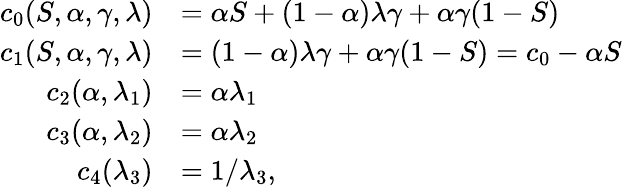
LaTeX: \begin{array}{rl}{c_{0}(S,\alpha,\gamma,\lambda)}&{=\alpha S+(1-\alpha)\lambda\gamma+\alpha\gamma(1-S)}\\ {c_{1}(S,\alpha,\gamma,\lambda)}&{=(1-\alpha)\lambda\gamma+\alpha\gamma(1-S)=c_{0}-\alpha S}\\ {c_{2}(\alpha,\lambda_{1})}&{=\alpha\lambda_{1}}\\ {c_{3}(\alpha,\lambda_{2})}&{=\alpha\lambda_{2}}\\ {c_{4}(\lambda_{3})}&{=1/\lambda_{3},}\end{array}